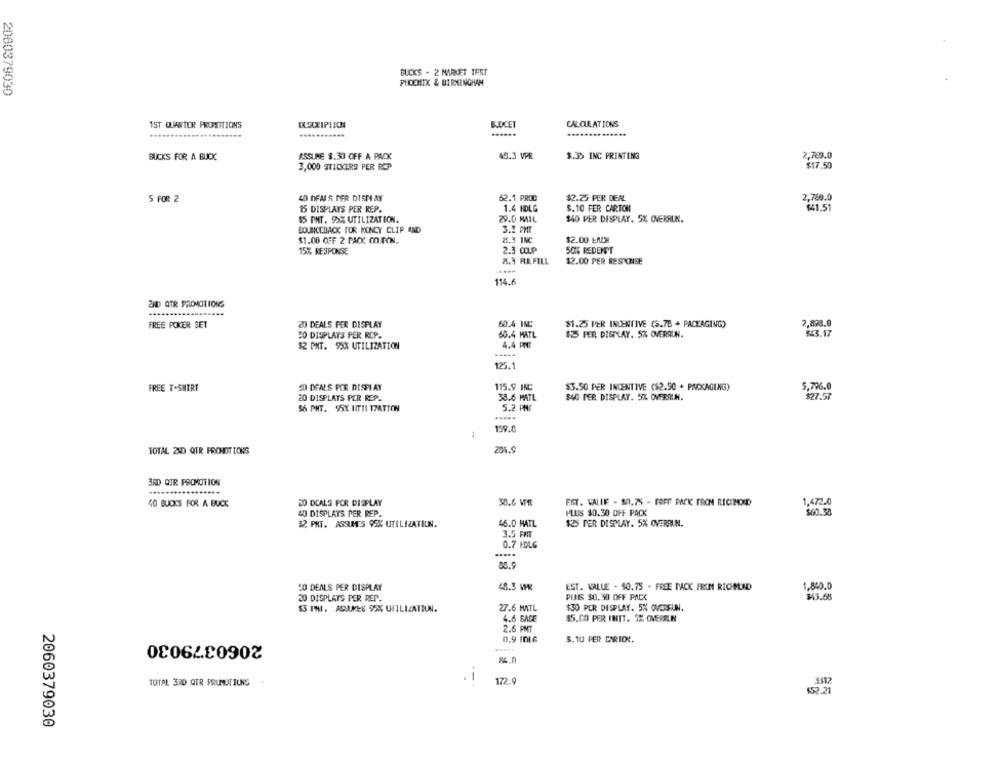
BUCKS - 2 MARKET TEST
PHOENIX & BIRMINGHAM
2060379030
BLOCET
CALCULATIONS
1ST QUARTER PROPDITIONS
BUCKS FOR A BUCK
ASSUME $.30 OFF A PACK
45.3 VPR
$.35 INC PRINTING
2,769.0
3,000 STICKERS PER ROP
$17.50
5 FOR 2
40 DEALS PER DIST AY
62.1 PROC
$2.25 PER DEAL
2,760.0
15 DISPLAYS PER REP.
1.4 HDLG
$. 10 FER CARTON
$41.51
SS ONT. 9>X UTILIZATION.
29.0 MAIL
$40 PER DISPLAY. 5% OVERRUN.
BOUNCEBACK FOR MONEY CLIP AND
3.2 PME
$1.00 OFF 2 PACK OUTON.
8.4 INC
$2.00 EACH
15% RESPONSE
2.3 CUP
50% REDEN'T
8.3 FLA FILL
12.00 PER RESPONSE
114.6
2ND QTR PROMOTIONS
FREE POKER SET
20 DEALS FER DISPLAY
60.4 INC:
$1.25 PER INCENTIVE (S.7B + PACKAGING)
2,898.0
SO DISPLAYS PER REP.
60.4 MATL
$3 PER DISPLAY. 5% OVERRUN.
$43.17
$2 PHT. 9XX UTILIZATION
4.4 PMT
125.1
FREE T-SHIRT
20 DEALS POR DISPLAY
115.9 INC
$3.50 PER INCENTIVE ($2.50 + PACKAGING)
5,796.0
$40 PER DISPLAY. 5% OVERRUN.
$27.57
20 DISPLATS PER REP.
38.6 MATL
$6 PHT. 95X UT11 17ATION
5.2 PNr
.....
159.0
TOTAL ZNO QTR PRONOTIONS
204.9
3RD QTR PROMOTION
...
40 BUCKS FOR A BUCK
20 DEALS FOR DISPLAY
38.6 VPR
EST. VALLE - 30.75 - FAFF PACK FRON RICINOUD
1,472.0
$60.38
40 DISPLAYS PER REP.
PLUS $0.30 OFF PACK
32. PKT. ASSIM'S 95% UTILIZATION.
46.0 HATL
$25 PER DISPLAY. 5% OVERRUN.
3.5 FMT
0.7 FOLG
80.9
20 DEALS PER DISPLAY
48.3 WR
EST. VALUE - $0.75 - FREE PACK FROM RICHMOND
1.840.0
20 DISPLAYS PER REP.
PUES $0.30 OFF PACK
$5.68
G IMI. ASSUMES 95% UTILIZATION.
27.6 MATL
$30 PER DISPLAY. 5% OVERSUN.
4.6 BASE
$5.00 PER INIT. 5% OVEREIN
2.6 PMT
2060379030
0,9 IDIG
$. 1U PER CARTON.
.i
TOTAL 320 QTR PROMOTIONS .
172.9
152.21
2060379030